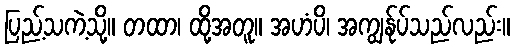
ပြည့်သကဲ့သို့။ တထာ၊ ထို့အတူ။ အဟံပိ၊ အကျွန်ုပ်သည်လည်း။